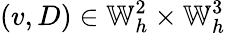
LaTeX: (v,D)\in\mathbb{W}_{h}^{2}\times\mathbb{W}_{h}^{3}